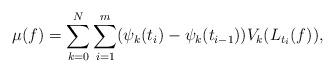
LaTeX: \begin{align*}\mu(f)=\sum_{k=0}^N\sum_{i=1}^m(\psi_k(t_i)-\psi_k(t_{i-1}))V_k(L_{t_i}(f)),\end{align*}